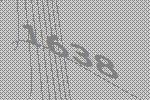
1638